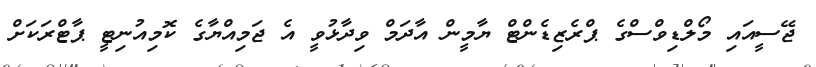
ޖޭސީއައި މޯލްޑިވްސްގެ ޕްރެޒިޑެންޓް ޔާމީން އާދަމް ވިދާޅުވީ އެ ޖަމިއްޔާގެ ކޮމިއުނިޓީ ޕާޓްރަކަށް